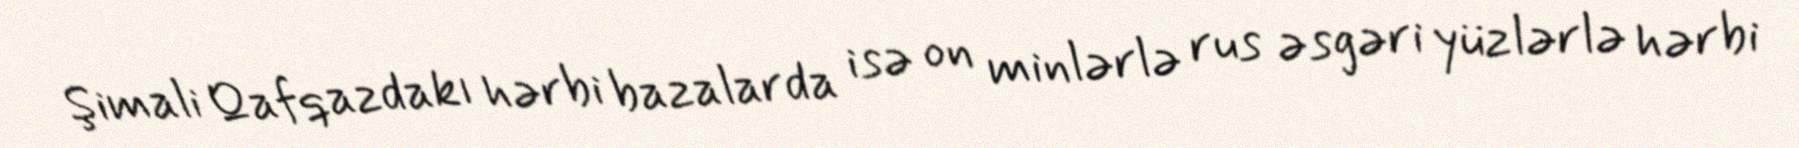
Şimali Qafqazdakı hərbi bazalarda isə on minlərlə rus əsgəri yüzlərlə hərbi